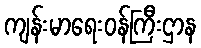
ကျန်းမာရေးဝန်ကြီးဌာန